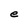
Character: e